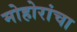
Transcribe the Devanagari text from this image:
मोहोरांचा